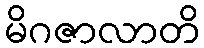
မိဂဇာလာတိ